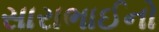
સારાભાઈનો